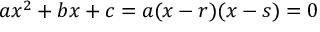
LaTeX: a x ^ { 2 } + b x + c = a ( x - r ) ( x - s ) = 0